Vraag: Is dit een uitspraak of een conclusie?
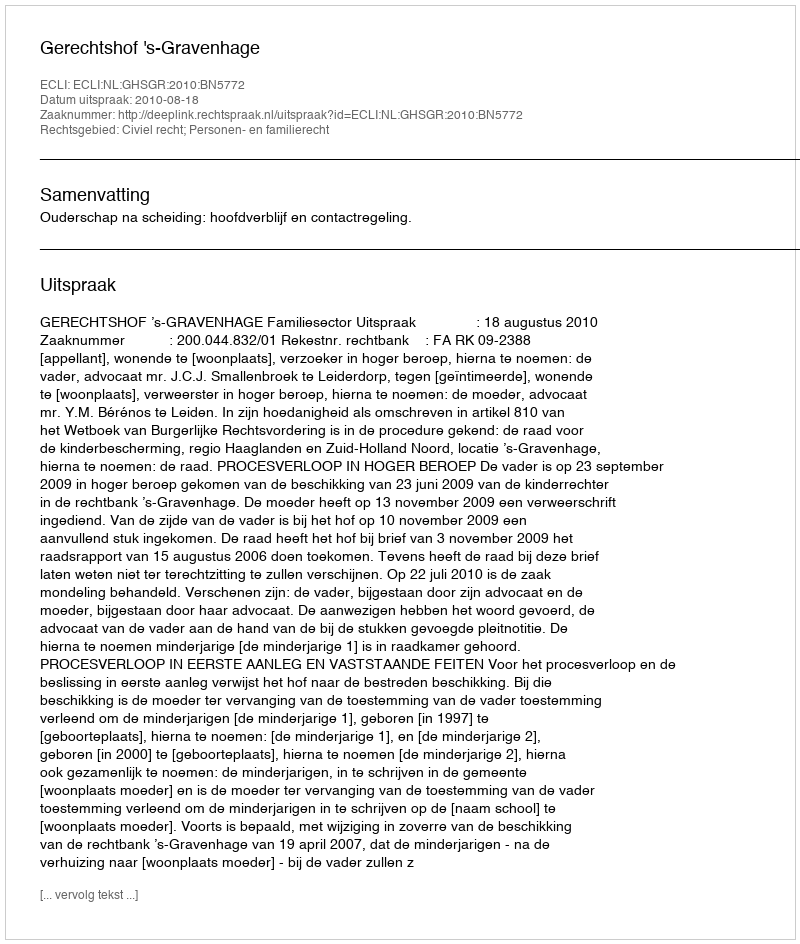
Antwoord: Uitspraak